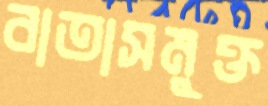
বাতাসমুক্ত